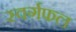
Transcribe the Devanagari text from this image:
स्वर्गफल